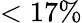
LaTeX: <17\%